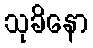
သုခိနော